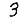
Digit: 3